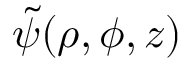
\tilde { \psi } ( \rho , \phi , z )